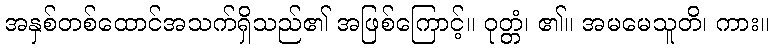
အနှစ်တစ်ထောင်အသက်ရှိသည်၏ အဖြစ်ကြောင့်။ ဝုတ္တံ၊ ၏။ အမမေသူတိ၊ ကား။